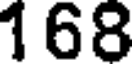
168